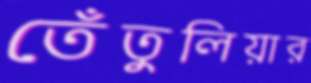
তেঁতুলিয়ার